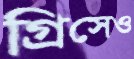
গ্রিসেও